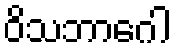
ဝိသဘာဂေါ